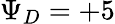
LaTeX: \Psi_{D}=+5